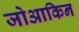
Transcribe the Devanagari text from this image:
जोआकिन